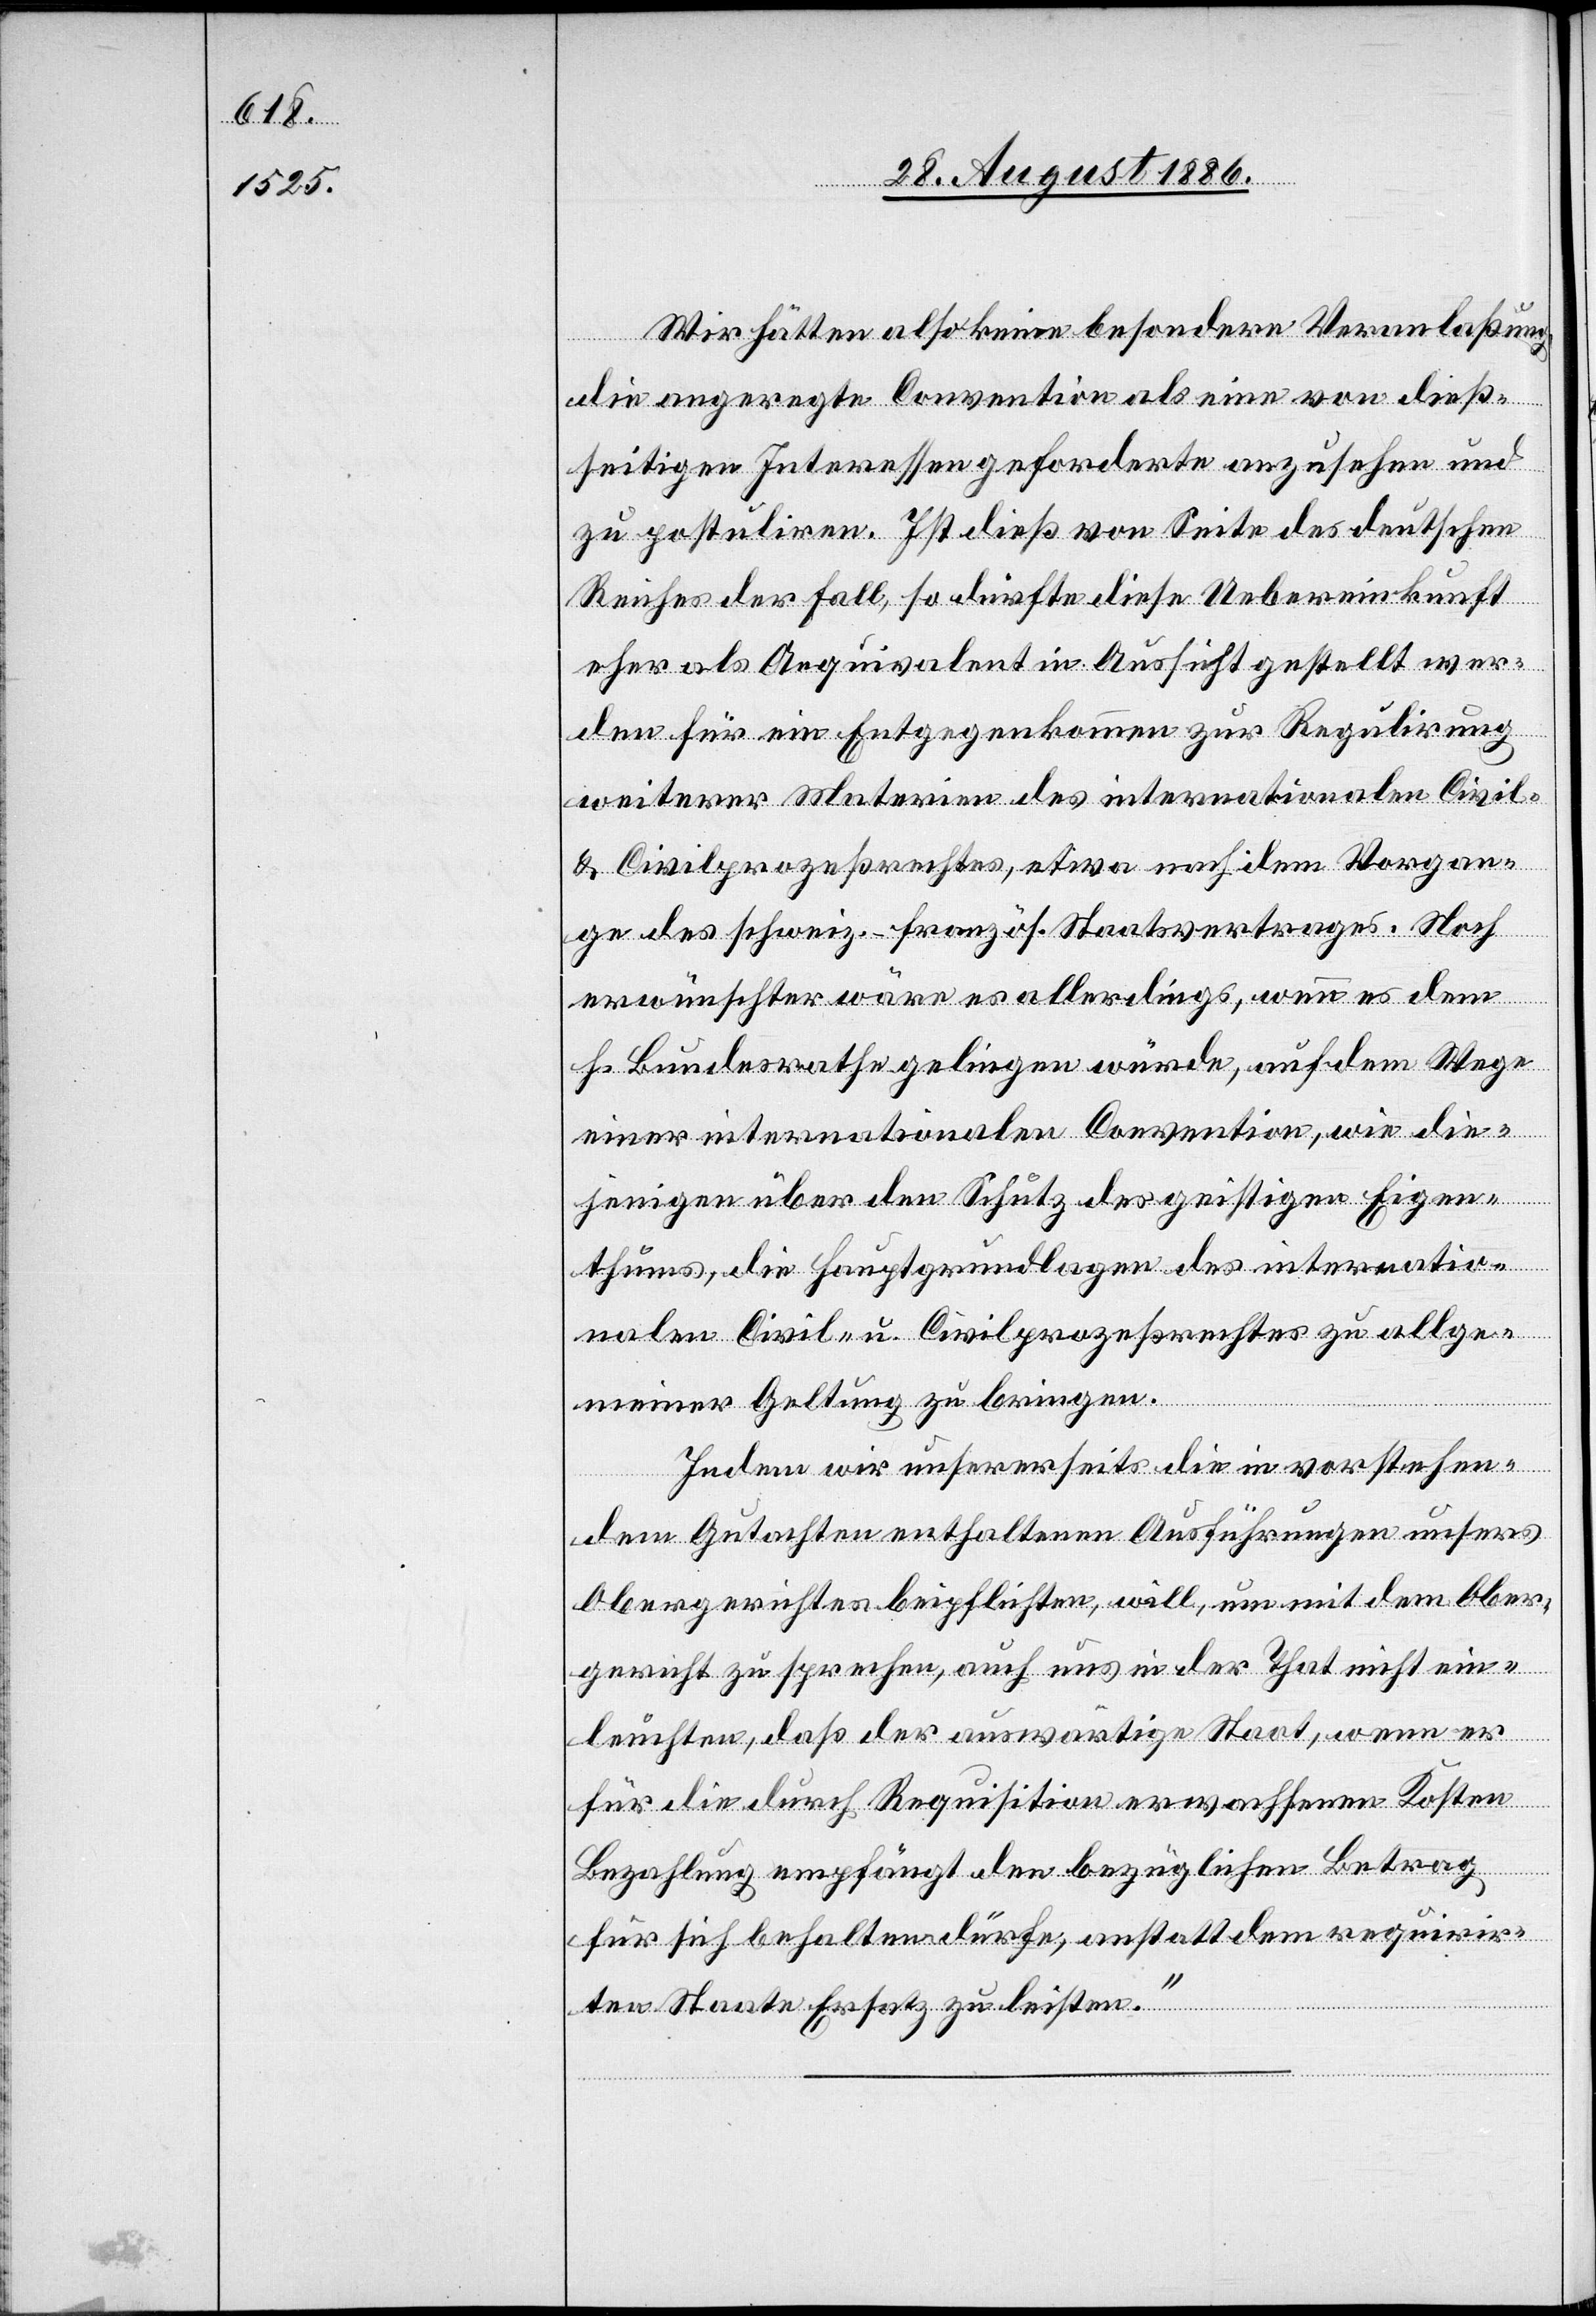
Wir hätten also keine besondere Veranlaßung,
die angeregte Convention als eine von dieß¬
seitigen Interessen geforderte anzusehen und
zu postuliren. Ist dieß von Seite des deutschen
Reiches der Fall, so dürfte diese Uebereinkunft
eher als Aequivalent in Aussicht gestellt wer¬
den für ein Entgegenkommen zur Regulirung
weiterer Materien des internationalen Civil-
& Civilprozeßrechts, etwa nach Vorgan¬
ge des schweiz.-französ. Staatsvertrages. Noch
erwünschter wäre es allerdings, wenn es dem
h. Bundesrathe gelingen würde, auf dem Wege
einer internationalen Convention, wie die¬
jenigen über den Schutz des geistigen Eigen¬
thums, die Hauptgrundlagen des internatio¬
nalen Civil- u. Civilprozeßrechtes zu allge¬
meiner Geltung zu bringen.
Indem wir unsererseits die in vorstehen¬
dem Gutachten enthaltenen Ausführungen unsers
Obergerichtes beipflichten, will, um mit dem Ober¬
gericht zu sprechen, auch uns in der That nicht ein¬
leuchten, daß der auswärtige Staat, wenn er
für die durch Requisition erwachsenen Kosten
Bezahlung empfängt den bezüglichen Betrag
für sich behalten dürfe, anstatt dem reqirire¬
nden Staate Ersatz zu leisten.“